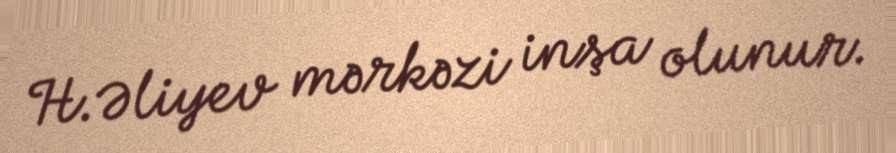
H.Əliyev mərkəzi inşa olunur.